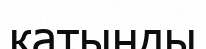
катынды